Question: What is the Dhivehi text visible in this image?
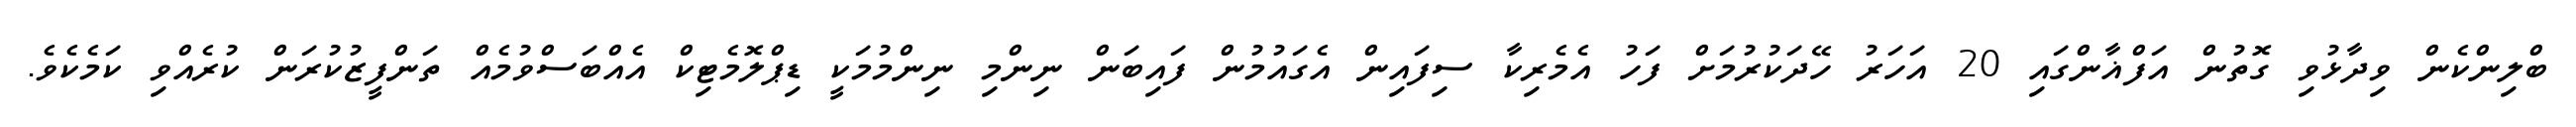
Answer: ބްލިންކެން ވިދާޅުވި ގޮތުން އަފްޣާންގައި 20 އަހަރު ހޭދަކުރުމަށް ފަހު އެމެރިކާ ސިފައިން އެގައުމުން ފައިބަން ނިންމި ނިންމުމަކީ ޑިޕްލޮމެޓިކް އެއްބަސްވުމެއް ތަންފީޒުކުރަން ކުރެއްވި ކަމެކެވެ.